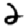
Digit: 2